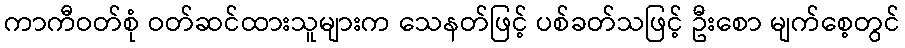
ကာကီဝတ်စုံ ဝတ်ဆင်ထားသူများက သေနတ်ဖြင့် ပစ်ခတ်သဖြင့် ဦးစော မျက်စေ့တွင်